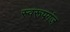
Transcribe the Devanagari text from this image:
स्वरूपगंज